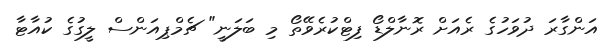
އަންގާރަ ދުވަހުގެ ރެއަށް ރޮނާލްޑޯ ފިޓްކުރެވޭތޯ މި ބަލަނީ" ޗެމްޕިއަންސް ލީގުގެ ކުއާޓާ